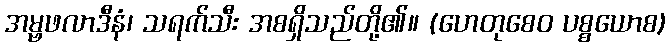
အမ္ဗဖလာဒီနံ၊ သရက်သီး အစရှိသည်တို့၏။ (ဟေတုစေဝ ပစ္စယောစ)